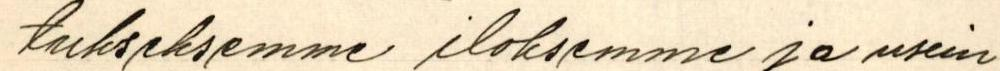
tukseksemme iloksemme ja usein